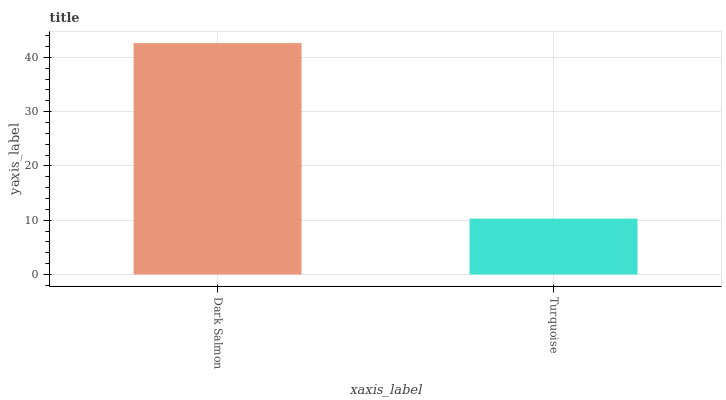
| xaxis_label | bars |
 | --- | --- |
 | Dark Salmon | 42.6 |
 | Turquoise | 10.3 |